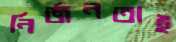
নির্জনতাই